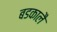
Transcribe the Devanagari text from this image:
बडकालै